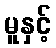
မူနှင့်